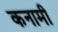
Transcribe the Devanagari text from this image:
कनामी